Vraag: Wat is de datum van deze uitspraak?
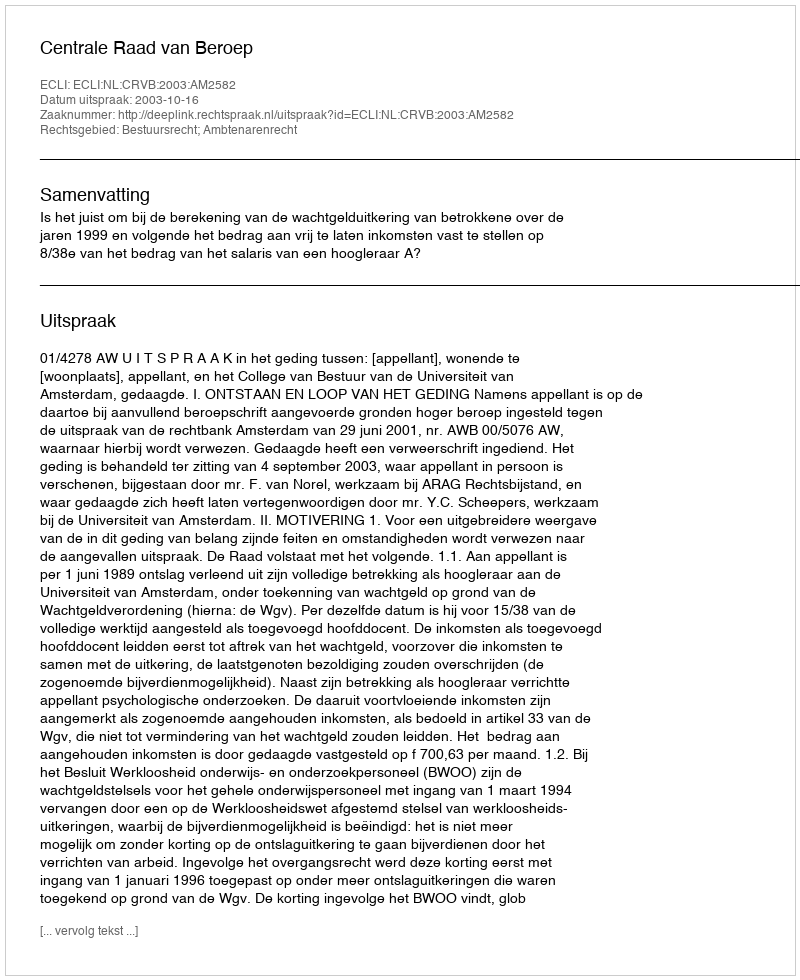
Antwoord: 2003-10-16